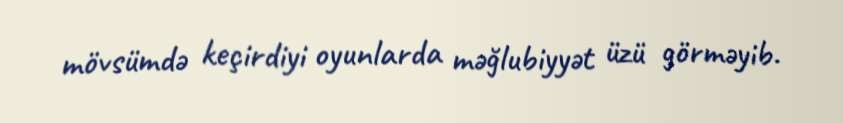
mövsümdə keçirdiyi oyunlarda məğlubiyyət üzü görməyib.